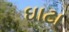
ઘાટા